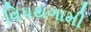
વિપથગામી